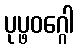
ပုပ္ဖဝဂ္ဂေါ